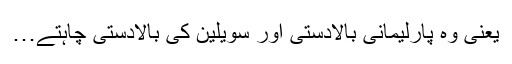
یعنی وہ پارلیمانی بالادستی اور سویلین کی بالادستی چاہتے…